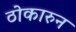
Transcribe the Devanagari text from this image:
ठोकारुन